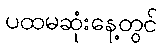
ပထမဆုံးနေ့တွင်